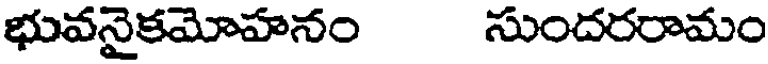
భువనైకమోహనం సుందరరామం